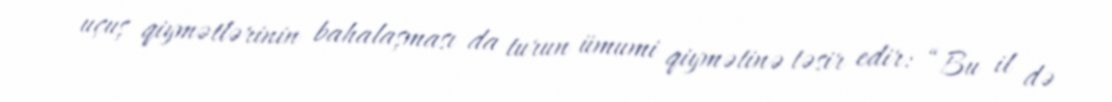
uçuş qiymətlərinin bahalaşması da turun ümumi qiymətinə təsir edir: “Bu il də